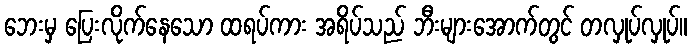
ဘေးမှ ပြေးလိုက်နေသော ထရပ်ကား အရိပ်သည် ဘီးများအောက်တွင် တလှုပ်လှုပ်။